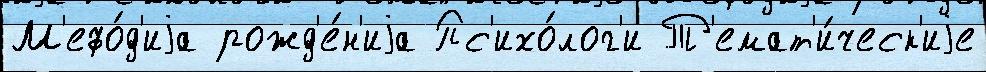
М'ефо́д'иjа рожд'е́н'иjа Пс'ихо́лог'и Т'емат'и́ческ'иjе